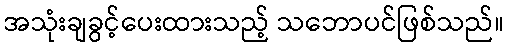
အသုံးချခွင့်ပေးထားသည့် သဘောပင်ဖြစ်သည်။